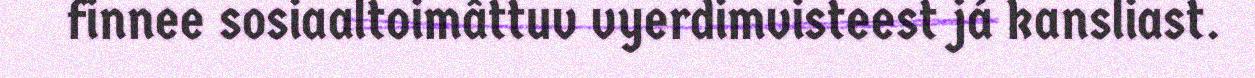
finnee sosiaaltoimâttuv vyerdimvisteest já kansliast.